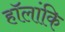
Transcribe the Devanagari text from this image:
हॉलांकि